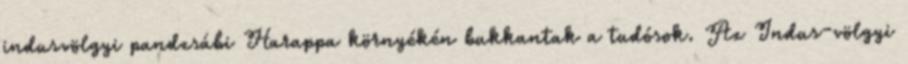
indusvölgyi pandzsábi Harappa környékén bukkantak a tudósok. Az Indus-völgyi